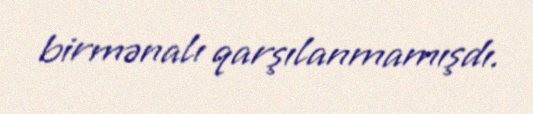
birmənalı qarşılanmamışdı.